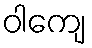
ဝါကျေ